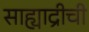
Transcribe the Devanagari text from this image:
साह्याद्रीची